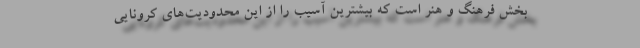
بخش فرهنگ و هنر است که بیشترین آسیب را از این محدودیت‌های کرونایی